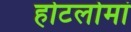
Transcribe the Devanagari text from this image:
होटलोमां